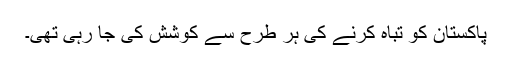
پاکستان کو تباہ کرنے کی ہر طرح سے کوشش کی جا رہی تھی۔